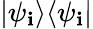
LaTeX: |\psi_{\mathbf{i}}\rangle\langle\psi_{\mathbf{i}}|